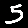
Digit: 5